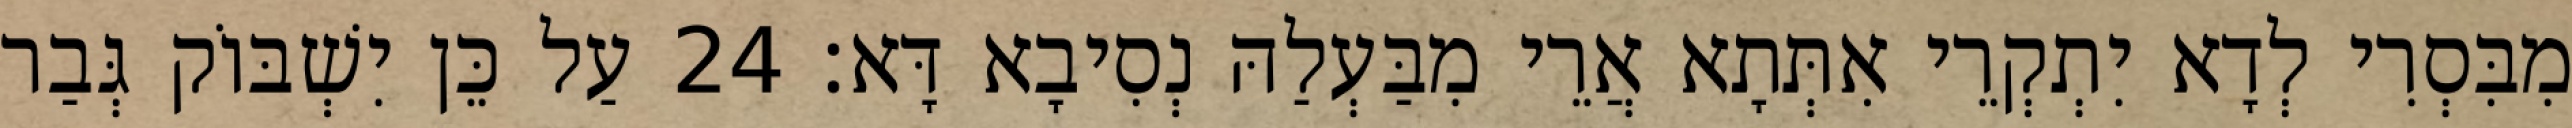
מִבִּסְרִי לְדָא יִתְקְרֵי אִתְּתָא אֲרֵי מִבַּעְלַהּ נְסִיבָא דָּא׃ 24 עַל כֵּן יִשְׁבּוֹק גְּבַר